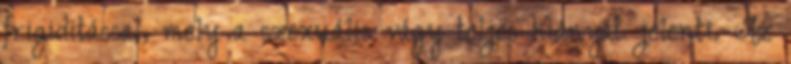
frigiditással, mely a szexuális vágy teljes hiányát jelenti. Az